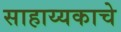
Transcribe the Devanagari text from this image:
साहाय्यकाचे